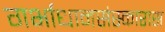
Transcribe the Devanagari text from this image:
गर्भाधानसंस्कारास